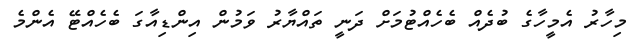
މިހާރު އެމީހާގެ ބުދެއް ބެހެއްޓުމަށް ދަނީ ތައްޔާރު ވަމުން އިންޑިއާގަ ބެހެއްޓޭ އެންމެ